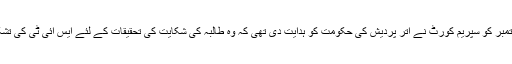
گذشتہ2 ستمبر کو سپریم کورٹ نے اتر پردیش کی حکومت کو ہدایت دی تھی کہ وہ طالبہ کی شکایت کی تحقیقات کے لئے ایس آئی ٹی کی تشکیل کرے۔